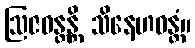
ဩဇဝန္တန္တိ သိနေဟဝန္တံ။